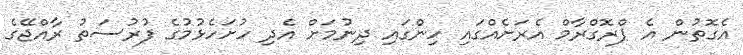
އެގޮތުން އެ ޕްރޮގްރާމް އެރަށެއްގައި ހިންގައި ދިނުމަށް އެދި ހުށަހެޅުމުގެ ފުރުސަތު ރާއްޖޭގެ